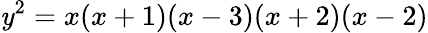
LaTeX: \mathit{y}^{2}=x(x+1)(x-3)(x+2)(x-2)